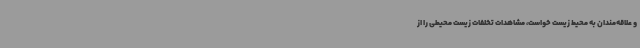
و علاقه‌مندان به محیط زیست خواست، مشاهدات تخلفات زیست‌ محیطی را از